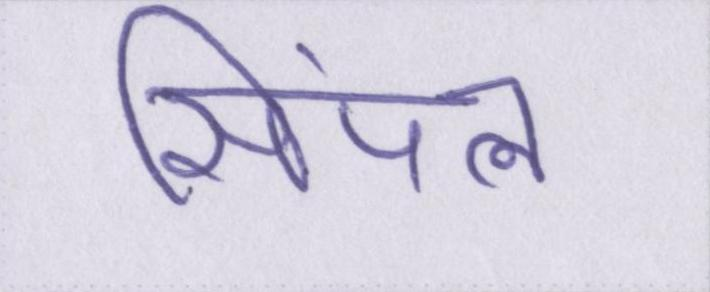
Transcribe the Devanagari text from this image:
सिंपल